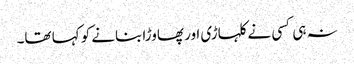
نہ ہی کسی نے کلہاڑی اور پھاوڑا بنانے کو کہا تھا۔